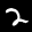
Label: 2